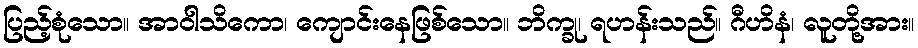
ပြည့်စုံသော။ အာဝါသိကော၊ ကျောင်းနေဖြစ်သော။ ဘိက္ခု၊ ရဟန်းသည်။ ဂီဟိနံ၊ လူတို့အား။